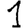
Digit: 1